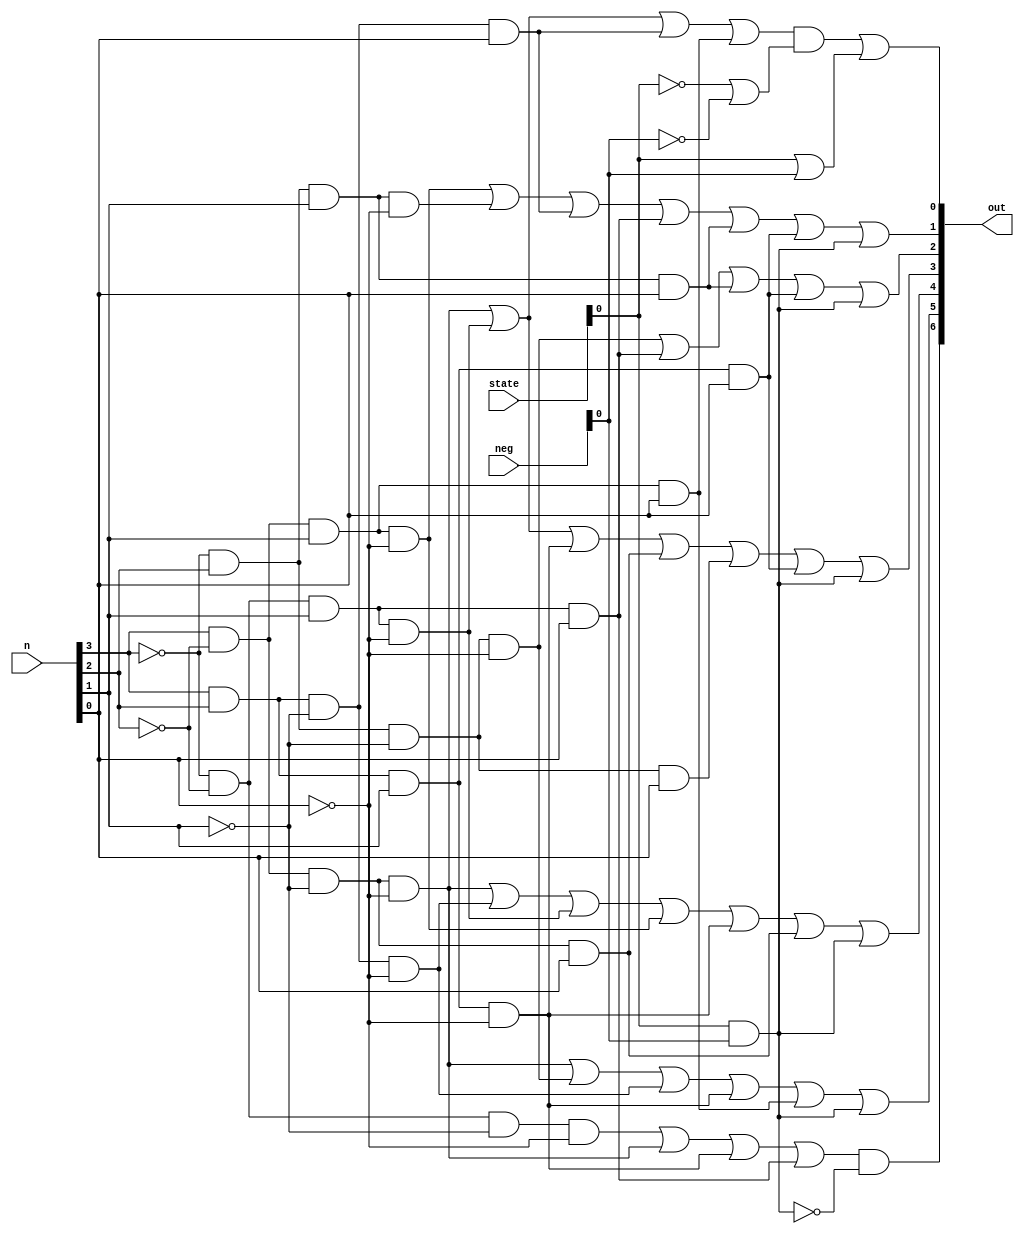
`timescale 1ns / 1ps
//////////////////////////////////////////////////////////////////////////////////
// Company: 
// Engineer: 
// 
// Design Name: 
// Module Name: Converter
// Project Name: 
// Target Devices: 
// Tool Versions: 
// Description: 
// 
// Dependencies: 
// 
// Revision:
// Revision 0.01 - File Created
// Additional Comments:
// 
//////////////////////////////////////////////////////////////////////////////////


module Converter(
    input [0:3] n, neg, state, 
    output [6:0] out
    );
    
    wire n0, n1, n2, n3;
    wire s0, s1, s2, s3, s4, s5, s6;
    wire t0, t1, t2, t3, t4, t5, t6;
    
    assign n0 = n[0]; 
    assign n1 = n[1]; 
    assign n2 = n[2];
    assign n3 = n[3];
    
    //assign t0 = s0|(state&neg);

    //assign t6 = (~(state&neg))&s6;
  
//    assign out[0] = ((n0 & ~n1 & ~n2 & ~n3)|(~n0 & ~n1 & n2 & ~n3)|(n0 & n1 & ~n2 & n3)|(n0 & ~n1 & n2 & n3));
//    assign out[1] = ((n0 & ~n1 & n2 & ~n3)|(~n0 & n1 & n2 & ~n3)|(n0 & n1 & ~n2 & n3)|(~n0 & ~n1 & n2 & n3)|(~n0 & n1 & n2 & n3)|(n0 & n1 & n2 & n3));
//    assign out[2] = ((~n0 & n1 & ~n2 & ~n3)|(~n0 & ~n1 & n2 & n3)|(~n0 & n1 & n2 & n3)|(n0 & n1 & n2 & n3)); 
//    assign out[3] = ((n0 & ~n1 & ~n2 & ~n3)|(~n0 & ~n1 & n2 & ~n3)|(n0 & n1 & n2 & ~n3)|(n0 & ~n1 & ~n2 & n3)|(~n0 & n1 & ~n2 & n3)|(n0 & n1 & n2 & n3));
//    assign out[4] = ((n0 & ~n1 & ~n2 & ~n3)|(n0 & n1 & ~n2 & ~n3)|(~n0 & ~n1 & n2 & ~n3)|(n0 & ~n1 & n2 & ~n3)|(n0 & n1 & n2 & ~n3)|(n0 & ~n1 & ~n2 & n3));
//    assign out[5] = ((n0 & ~n1 & ~n2 & ~n3)|(~n0 & n1 & ~n2 & ~n3)|(n0 & n1 & ~n2 & ~n3)|(n0 & n1 & n2 & ~n3)|(n0 & ~n1 & n2 & n3));
//    assign out[6] = ((~n0 & ~n1 & ~n2 & ~n3)|(n0 & ~n1 & ~n2 & ~n3)|(n0 & n1 & n2 & ~n3)|(~n0 & ~n1 & n2 & n3));
    
    assign out[0] = (((n0 & ~n1 & ~n2 & ~n3)|(~n0 & ~n1 & n2 & ~n3)|(n0 & n1 & ~n2 & n3)|(n0 & ~n1 & n2 & n3))&(~state|~neg))|(state|neg);
    assign out[1] = ((n0 & ~n1 & n2 & ~n3)|(~n0 & n1 & n2 & ~n3)|(n0 & n1 & ~n2 & n3)|(~n0 & ~n1 & n2 & n3)|(~n0 & n1 & n2 & n3)|(n0 & n1 & n2 & n3))|(state&neg);
    assign out[2] = ((~n0 & n1 & ~n2 & ~n3)|(~n0 & ~n1 & n2 & n3)|(~n0 & n1 & n2 & n3)|(n0 & n1 & n2 & n3))|(state&neg); 
    assign out[3] = ((n0 & ~n1 & ~n2 & ~n3)|(~n0 & ~n1 & n2 & ~n3)|(n0 & n1 & n2 & ~n3)|(n0 & ~n1 & ~n2 & n3)|(~n0 & n1 & ~n2 & n3)|(n0 & n1 & n2 & n3))|(state&neg);
    assign out[4] = ((n0 & ~n1 & ~n2 & ~n3)|(n0 & n1 & ~n2 & ~n3)|(~n0 & ~n1 & n2 & ~n3)|(n0 & ~n1 & n2 & ~n3)|(n0 & n1 & n2 & ~n3)|(n0 & ~n1 & ~n2 & n3))|(state&neg);
    assign out[5] = ((n0 & ~n1 & ~n2 & ~n3)|(~n0 & n1 & ~n2 & ~n3)|(n0 & n1 & ~n2 & ~n3)|(n0 & n1 & n2 & ~n3)|(n0 & ~n1 & n2 & n3))|(state&neg);
    assign out[6] = ((~n0 & ~n1 & ~n2 & ~n3)|(n0 & ~n1 & ~n2 & ~n3)|(n0 & n1 & n2 & ~n3)|(~n0 & ~n1 & n2 & n3))&(~(state&neg));
   
    
endmodule